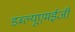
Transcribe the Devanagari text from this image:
डब्ल्यूएमईजी